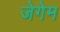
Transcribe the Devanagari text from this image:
जेगेम